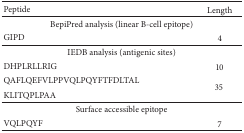
| Peptide | Length |
 | --- | --- |
 | <COLSPAN=2> BepiPred analysis (linear B-cell epitope) |
 | GIPD | 4 |
 | <COLSPAN=2> IEDB analysis (antigenic sites) |
 | DHPLRLLRIG | 10 |
 | QAFLQEFVLPPVQLPQYFTFDLTAL | <ROWSPAN=2> 35 |
 | KLITQPLPAA |
 | <COLSPAN=2> Surface accessible epitope |
 | VQLPQYF | 7 |